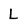
Character: L